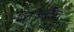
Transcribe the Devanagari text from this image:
विनाअनुदित